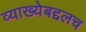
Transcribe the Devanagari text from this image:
व्याख्येबद्दलच